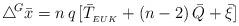
LaTeX: \begin{align*}\triangle \!^{G}\bar{x}=n\,q\,[\bar{T}_{{\small _{EUK}}}+(n-2)\, \bar{Q}+\bar{\xi}] \end{align*}